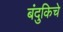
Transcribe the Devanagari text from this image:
बंदुकिचे